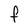
Character: F